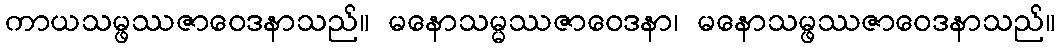
ကာယသမ္ဖဿဇာဝေဒနာသည်။ မနောသမ္မဿဇာဝေဒနာ၊ မနောသမ္ဖဿဇာဝေဒနာသည်။